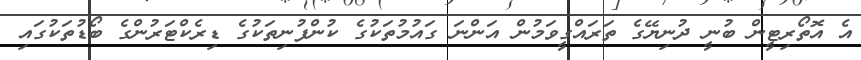
އެ އޮތޯރިޓީން ބުނީ ދުނިޔޭގެ ތަރައްގީވަމުން އަންނަ ގައުމުތަކުގެ ކުންފުނިތަކުގެ ޑިރެކްޓަރުންގެ ބޯޑުތަކުގައި